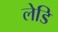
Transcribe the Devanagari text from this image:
लेडि